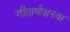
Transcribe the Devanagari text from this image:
गीतार्णवाच्या